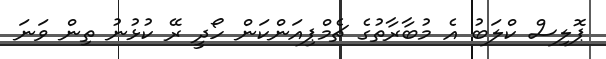
ޕޮލިސް ކްލަބު އެ މުބާރާތުގެ ޗެމްޕިއަންކަން ހޯދީ ރޭ ކުޅުނު ތިން ވަނަ